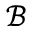
\mathcal B